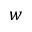
w